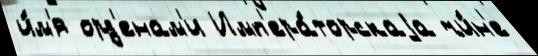
и́м'я орд'енам'и Имп'ера́торскаjа чи́н'е